Lunatic asylums Bombay report 1878-1890 - 1878-1890
Year: 1878
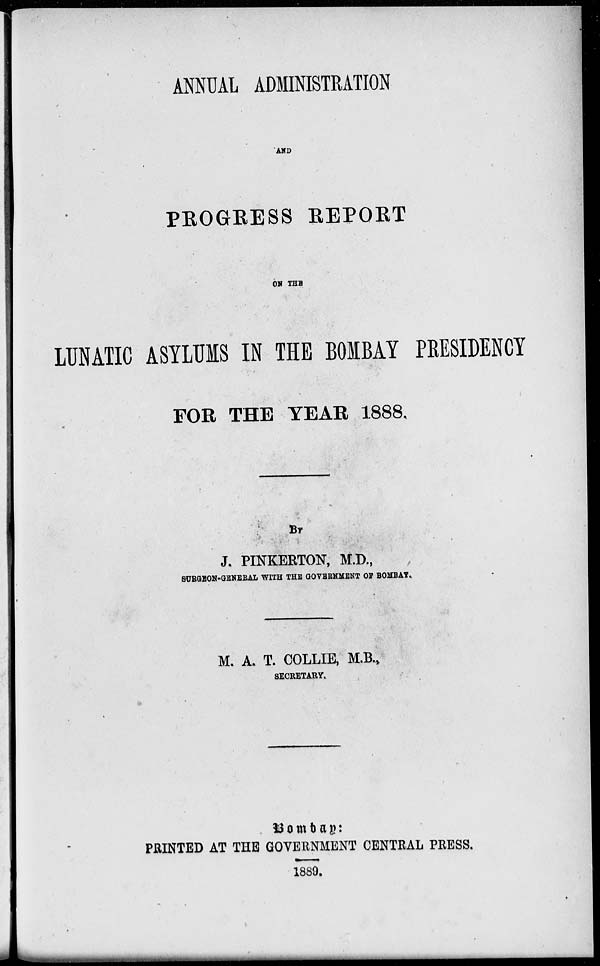
ANNUAL ADMINISTRATION
AND
PROGRESS REPORT
ON THE
LUNATIC ASYLUMS IN THE BOMBAY PRESIDENCY
FOR THE YEAR 1888.
BY
J. PINKERTON, M.D.,
SURGEON-GENERAL WITH THE GOVERNMENT OF BOMBAY.
M. A. T. COLLIE, M.B.,
SECRETARY.
Bombay:
PRINTED AT THE GOVERNMENT CENTRAL PRESS.
1889.